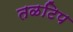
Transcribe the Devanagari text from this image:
तळटिप